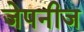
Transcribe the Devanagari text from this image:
जेपनीज